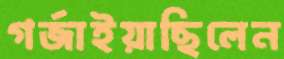
গর্জাইয়াছিলেন